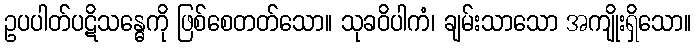
ဥပပါတ်ပဋိသန္ဓေကို ဖြစ်စေတတ်သော။ သုခဝိပါကံ၊ ချမ်းသာသော အကျိုးရှိသော။